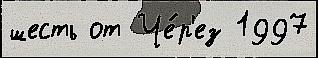
шесть от Че́р'ез 1997